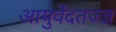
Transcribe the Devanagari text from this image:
आयुर्वेदतज्ज्ञ